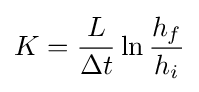
K={\frac {L}{\Delta t}}\ln {\frac {h_{f}}{h_{i}}}